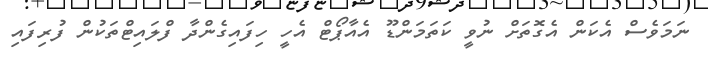
ނަމަވެސް އެކަން އެގޮތަށް ނުވީ ކަތަމަންޑޫ އެއާޕޯޓް އެހީ ހިފައިގެންދާ ފްލައިޓްތަކުން ފުރިފައި